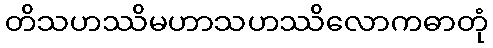
တိသဟဿိမဟာသဟဿိလောကဓာတုံ